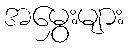
အမွှေးများ